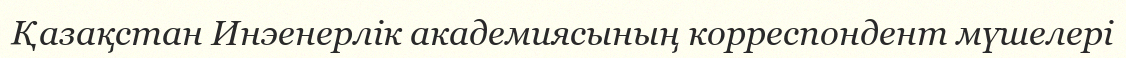
Қазақстан Инэенерлік академиясының корреспондент мүшелері